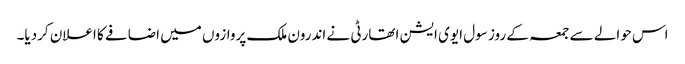
اس حوالے سے جمعہ کے روز سول ایوی ایشن اتھارٹی نے اندرون ملک پروازوں میں اضافے کا اعلان کردیا۔